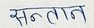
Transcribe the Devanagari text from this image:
सन्तान